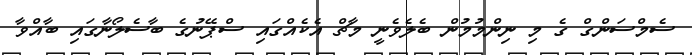
ސެމްސަންގް ގެ މި ނިންމުމުން ބެލެވެނީ މާޗް އެކެއްގައި ސްޕޭނުގެ ބާސެލޯނާގައި ބާއްވާ